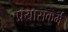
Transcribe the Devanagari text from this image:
प्रयासकर्म